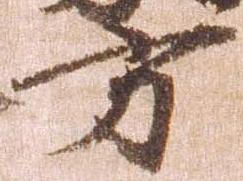
方